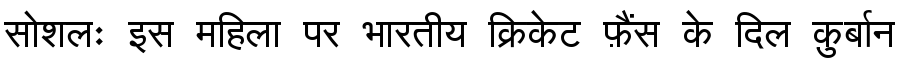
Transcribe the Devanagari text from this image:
सोशलः इस महिला पर भारतीय क्रिकेट फ़ैंस के दिल क़ुर्बान